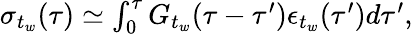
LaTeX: \begin{array}{r}{\sigma_{t_{w}}(\tau)\simeq\int_{0}^{\tau}G_{t_{w}}(\tau-\tau^{\prime})\epsilon_{t_{w}}(\tau^{\prime})d\tau^{\prime},}\end{array}